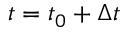
t = t _ { 0 } + \Delta t